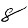
Digit: 8